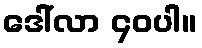
ဒေါ်လာ ၄၀ပါ။